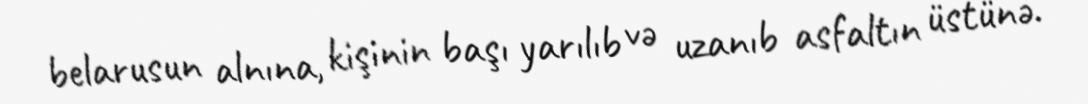
belarusun alnına, kişinin başı yarılıb və uzanıb asfaltın üstünə.